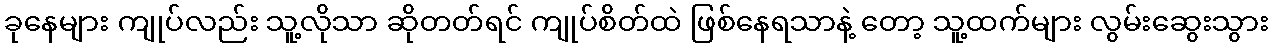
ခုနေများ ကျုပ်လည်း သူ့လိုသာ ဆိုတတ်ရင် ကျုပ်စိတ်ထဲ ဖြစ်နေရသာနဲ့ တော့ သူ့ထက်များ လွမ်းဆွေးသွား